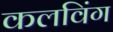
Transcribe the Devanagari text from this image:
कलविंग